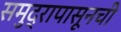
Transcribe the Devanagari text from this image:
समुद्रापासूनची